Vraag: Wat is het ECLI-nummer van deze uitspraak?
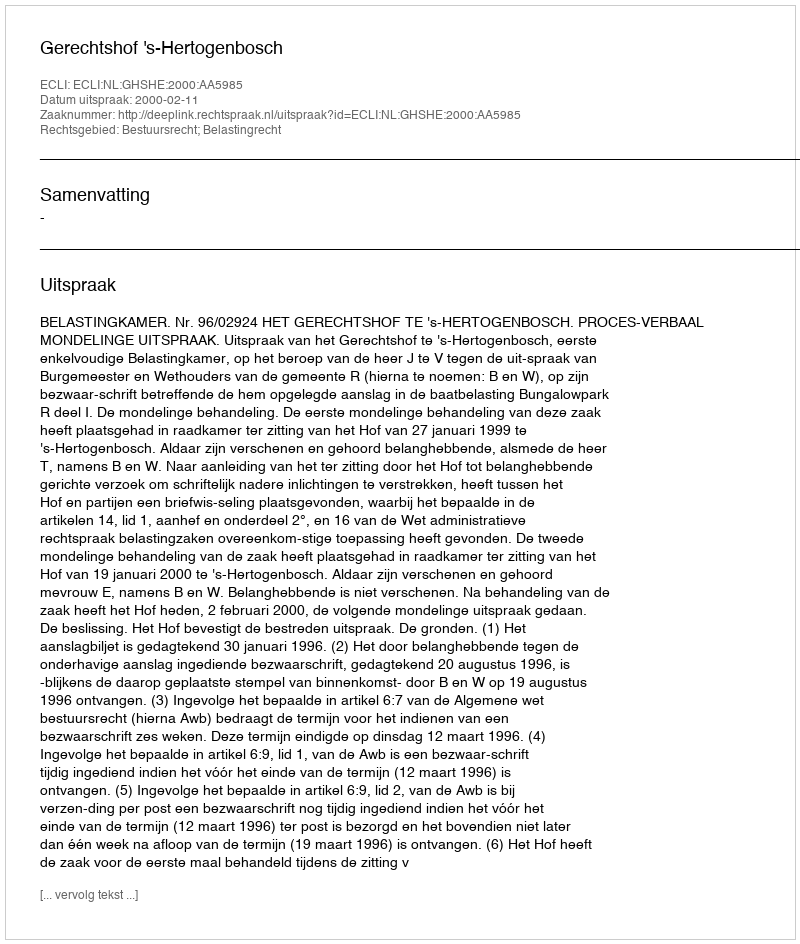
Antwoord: ECLI:NL:GHSHE:2000:AA5985